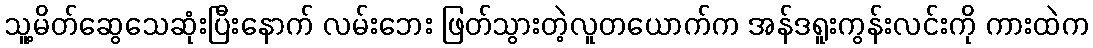
သူ့မိတ်ဆွေသေဆုံးပြီးနောက် လမ်းဘေး ဖြတ်သွားတဲ့လူတယောက်က အန်ဒရူးကွန်းလင်းကို ကားထဲက